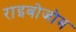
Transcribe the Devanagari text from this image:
राइबोजोम